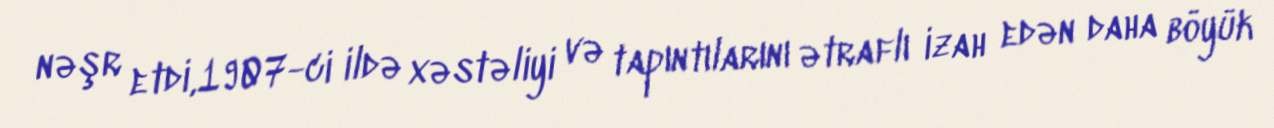
nəşr etdi,1907-ci ildə xəstəliyi və tapıntılarını ətraflı izah edən daha böyük